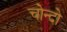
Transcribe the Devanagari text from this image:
चोन्दो